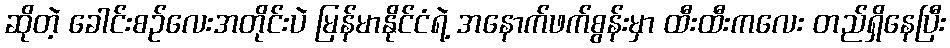
ဆိုတဲ့ ခေါင်းစဉ်လေးအတိုင်းပဲ မြန်မာနိုင်ငံရဲ့ အနောက်ဖက်စွန်းမှာ ထီးထီးကလေး တည်ရှိနေပြီး